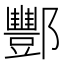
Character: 酆